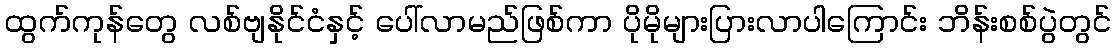
ထွက်ကုန်တွေ လစ်ဗျနိုင်ငံနှင့် ပေါ်လာမည်ဖြစ်ကာ ပိုမိုများပြားလာပါကြောင်း ဘိန်းစစ်ပွဲတွင်